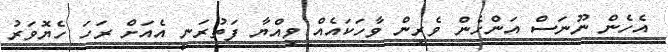
އެހެން ނޫނަސް އަންހެން ވެރިން ވާހަކައެއް ވިއްޔާ ފަތުރަނީ އެއަށް ރަހަ ހެޔޮވަރު